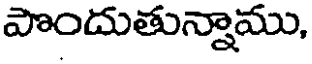
పొందుతున్నాము,